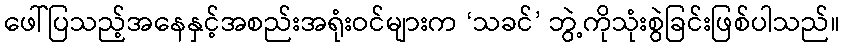
ဖေါ်ပြသည့်အနေနှင့်အစည်းအရုံးဝင်များက ‘သခင်’ ဘွဲ့ကိုသုံးစွဲခြင်းဖြစ်ပါသည်။